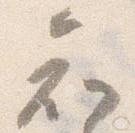
知